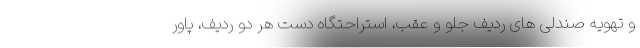
و تهویه صندلی های ردیف جلو و عقب، استراحتگاه دست هر دو ردیف، پاور